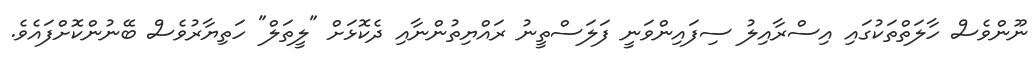
ނޫންވެސް ހާލަތްތަކުގައި އިސްރާއިލު ސިފައިންވަނީ ފަލަސްތީނު ރައްޔިތުންނާއި ދެކޮޅަށް "ލީތަލް" ހަތިޔާރުވެސް ބޭނުންކޮށްފައެވެ.